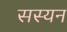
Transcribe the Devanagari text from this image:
सस्यन